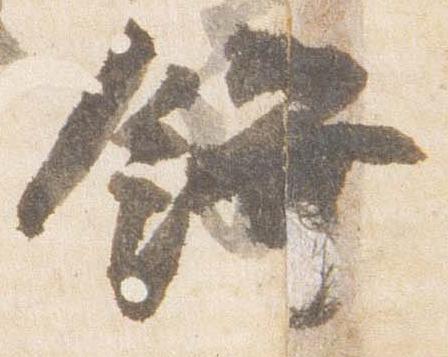
饌